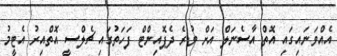
އެއްވަނައިގައި އޮތް އާސެނަލް އަށް ވުރެ ދެޕޮއިންޓް ފަހަތުގައި ޗެލްސީ އޮތްއިރު އެޓީމު